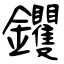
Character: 钁